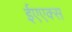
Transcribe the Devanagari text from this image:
ईएएक्स